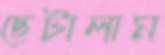
ছেটালাম